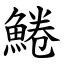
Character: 䱧